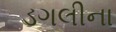
ડગલીના